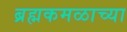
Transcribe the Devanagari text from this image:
ब्रह्मकमळाच्या